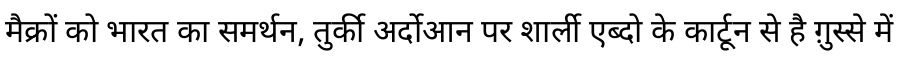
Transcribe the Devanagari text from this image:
मैक्रों को भारत का समर्थन, तुर्की अर्दोआन पर शार्ली एब्दो के कार्टून से है ग़ुस्से में